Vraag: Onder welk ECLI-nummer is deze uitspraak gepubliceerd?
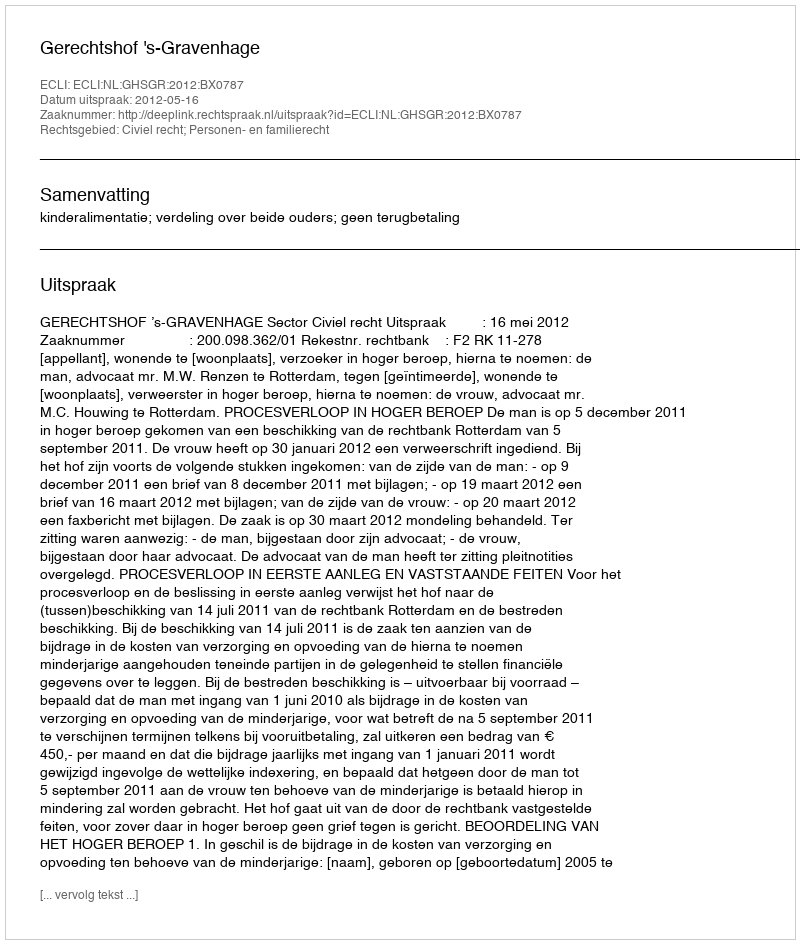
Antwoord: ECLI:NL:GHSGR:2012:BX0787